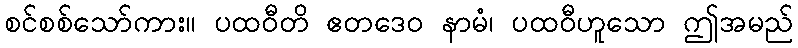
စင်စစ်သော်ကား။ ပထဝီတိ ဧတဒေဝ နာမံ၊ ပထဝီဟူသော ဤအမည်